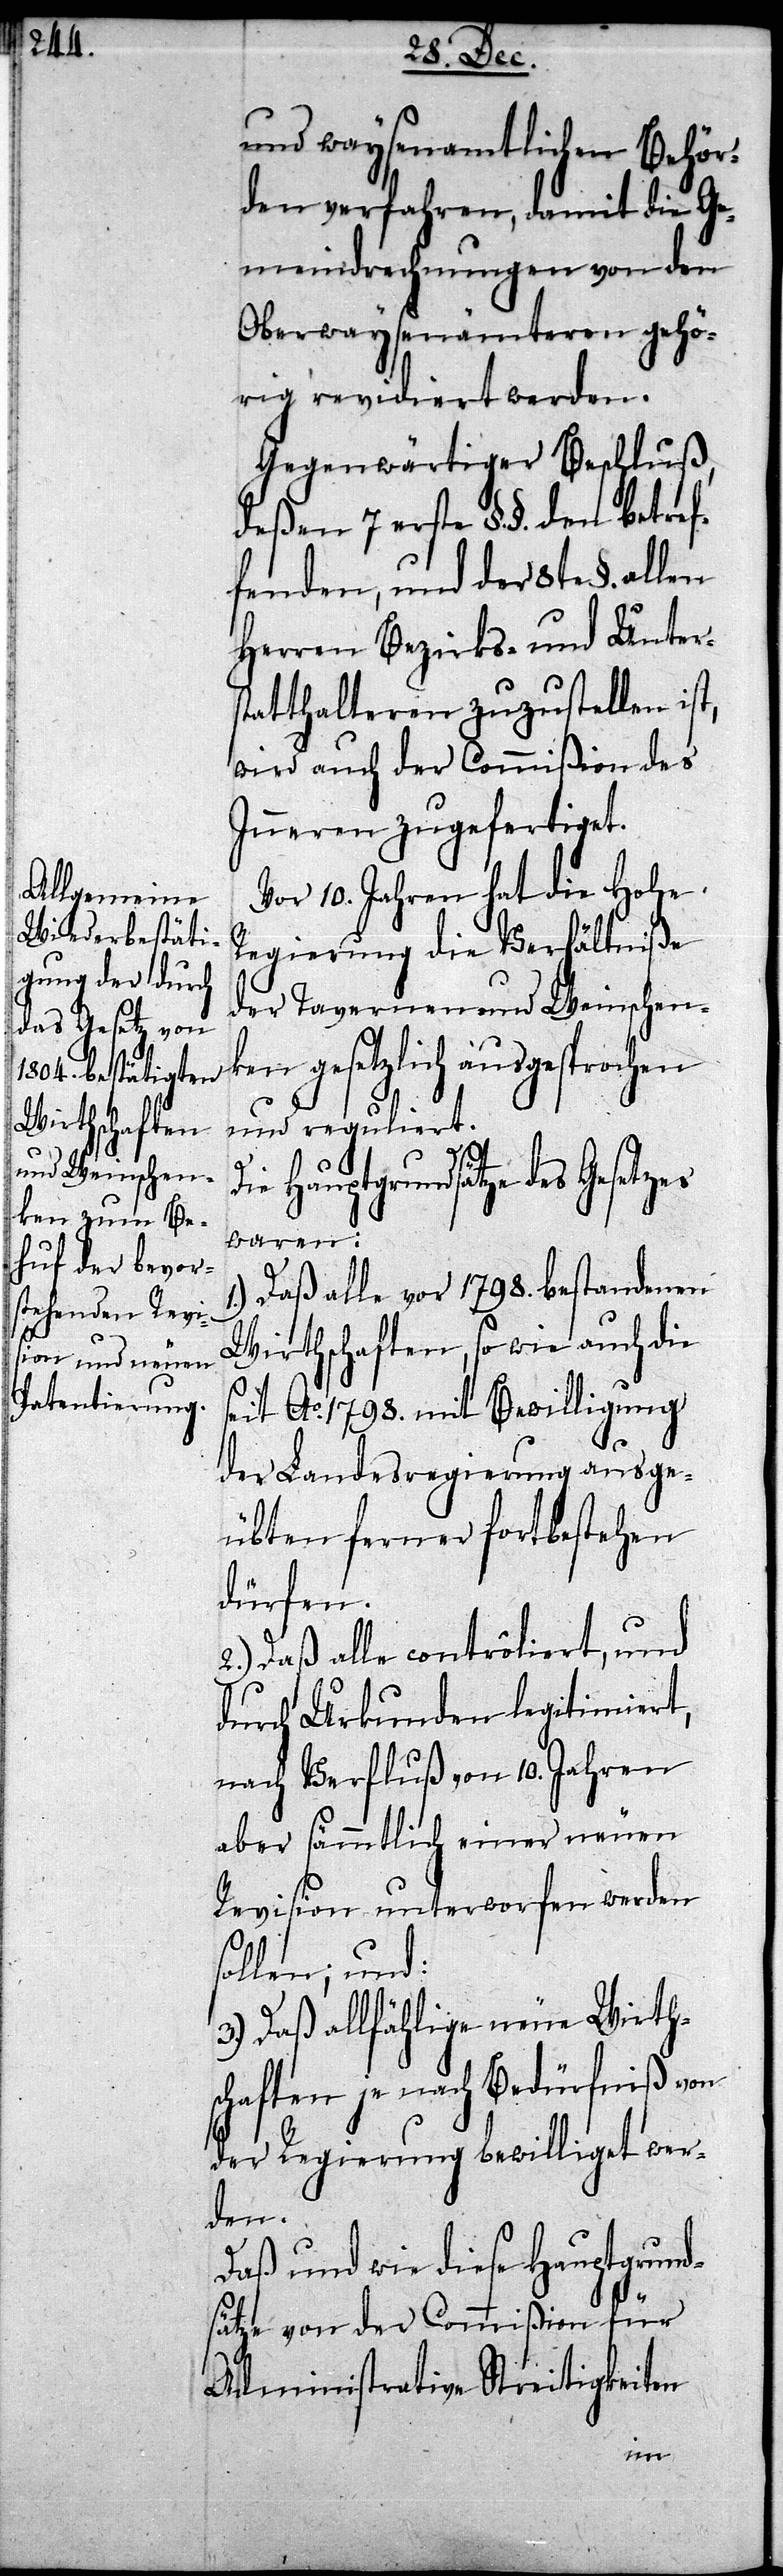
und waysenamtlichen Behör¬
den verfahren, damit die Ge¬
meindsrechnungen von den
Oberwaysenämteren gehö¬
rig revidiert werden.
Gegenwärtiger Beschluß,
deßen 7 erste §.§. den betref¬
fenden, und der 8te §. allen
Herren Bezirks- und Unter¬
statthalteren zuzustellen ist,
wird auch der Commißion des
Inneren zugefertiget.
Vor 10. Jahren hat die Hohe
Regierung die Verhältniße
der Tavernen und Weinschenk¬
en gesetzlich ausgespro¬
und reguliert.
ie Hauptgrundsätze des Gesetzes
waren:
Daß alle vor 1798. bestandenen
Wirthschaften, so wie auch die
seit Ao. 1798. mit Bewilligung
der Landesregierung ausge¬
übten ferner fortbestehen
dürfen.
2.) Daß alle contrôliert, und
durch Urkunden legitimiert,
nach Verfluß von 10. Jahren
aber sämmtlich einer neuen
Revision unterworfen werden
sollen; und:
3.) Daß allfählige neuen Wirth¬
schaften je nach Bedürfniß von
der Regierung bewilliget wer¬
den.
Daß und wie diese Hauptgrund¬
sätze von der Commißion für
Administrative Streitigkeiten
D¬